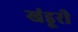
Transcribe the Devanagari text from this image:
खंडूरी